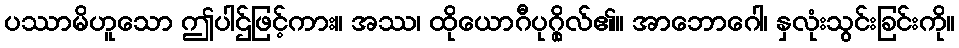
ပဿာမိဟူသော ဤပါဌ်ဖြင့်ကား။ အဿ၊ ထိုယောဂီပုဂ္ဂိုလ်၏။ အာဘောဂေါ၊ နှလုံးသွင်းခြင်းကို။